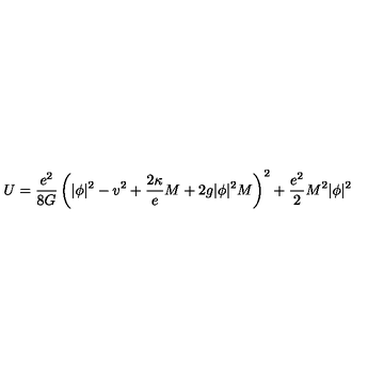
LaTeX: U = \frac { e ^ { 2 } } { 8 G } \left( | \phi | ^ { 2 } - v ^ { 2 } + \frac { 2 \kappa } e M + 2 g | \phi | ^ { 2 } M \right) ^ { 2 } + \frac { e ^ { 2 } } 2 M ^ { 2 } | \phi | ^ { 2 }